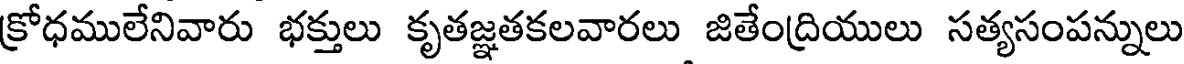
క్రోధములేనివారు భక్తులు కృతజ్ఞతకలవారలు జితేంద్రియులు సత్యసంపన్నులు